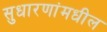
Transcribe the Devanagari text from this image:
सुधारणांमधील